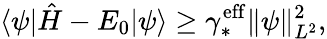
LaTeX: \langle\psi|\hat{H}-E_{0}|\psi\rangle\geq\gamma_{*}^{\mathrm{eff}}\Vert\psi\Vert_{L^{2}}^{2},